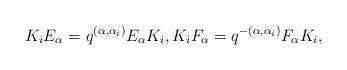
LaTeX: \begin{align*}K_{i}E_{\alpha}=q^{(\alpha,\alpha_{i})}E_{\alpha}K_{i},K_{i}F_{\alpha}=q^{-(\alpha,\alpha_{i})}F_{\alpha}K_{i},\end{align*}